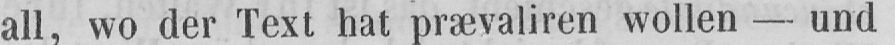
all, wo der Text hat prævaliren wollen - und